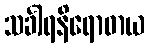
သင်္ခါရနိရောဓာယ